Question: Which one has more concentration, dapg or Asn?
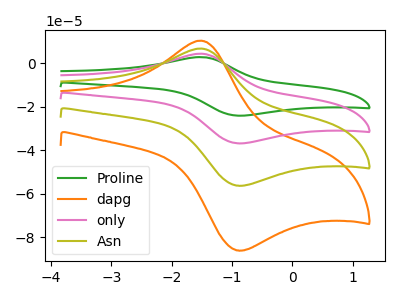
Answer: <think>The green curve "Proline" has an anodic peak at (-1.55V, 20.50uA) and a cathodic peak at (-0.95V, -168.50uA). The orange curve "dapg" has an anodic peak at (-1.55V, 10.45uA) and a cathodic peak at (-0.95V, -85.90uA). The pink curve "only" has an anodic peak at (-1.55V, 13.65uA) and a cathodic peak at (-0.95V, -112.35uA). The olive curve "Asn" has an anodic peak at (-1.55V, 6.85uA) and a cathodic peak at (-0.95V, -56.15uA).
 All the peaks in "dapg" have a peak in "Asn" at the same potential. Every peak in "dapg" is higher than every peak in "Asn".</think>
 <answer>"dapg" has more signal than "Asn" and so likely has a higher concentration.</answer>
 <eval>more_concentration</eval>